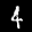
Label: 4